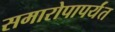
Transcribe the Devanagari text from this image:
समारोपापर्यंत